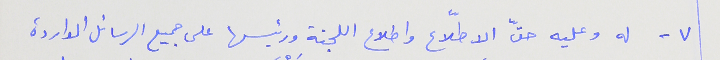
٧- له وعليه حقّ الاطّلاع واطلاع اللجنة ورئيسها على جميع الرسائل الواردة